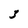
Character: 3